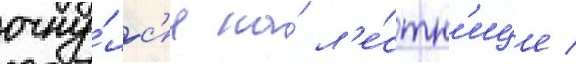
очну́лс'я на́ л'е́стн'ице /